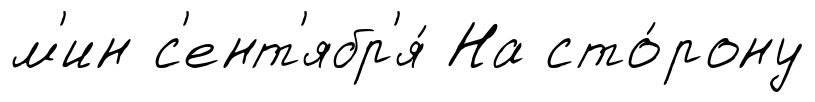
м'ин с'ент'ябр'я́ На сто́рону